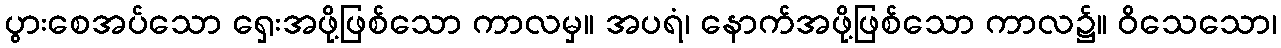
ပွားစေအပ်သော ရှေးအဖို့ဖြစ်သော ကာလမှ။ အပရံ၊ နောက်အဖို့ဖြစ်သော ကာလ၌။ ဝိသေသော၊